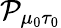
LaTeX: \mathcal{P}_{\mu_{0}\tau_{0}}